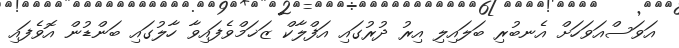
އަވަސްއަވަހަށް އެނބުރި ބަލައިލި އިރު ދުރުގައި އަފްލާކް ޒަޚަމްވެފައިވާ ހާލުގައި ބަންޑުން އޮވެފައި